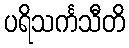
ပရိသင်္ကသီတိ